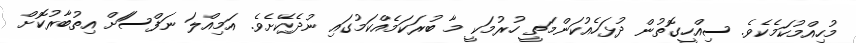
މުހިއްމުކަމެކެވެ. ސިއްހީގޮތުން ދުޅަހެއުކަންމަތީ ހުރުމަކީ މާ ބުރަކަމެއްކަމުގައި ނުދެކޭށެވެ. އަމިއްލަ ނަފްސަަށް އިތުބާރުކޮށް